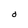
Character: 0